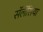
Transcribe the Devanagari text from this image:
सॅलॅसिया